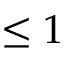
\leq 1